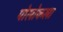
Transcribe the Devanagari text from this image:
पोलोकला